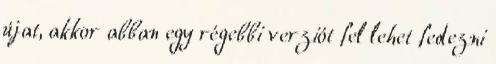
újat, akkor abban egy régebbi verziót fel lehet fedezni